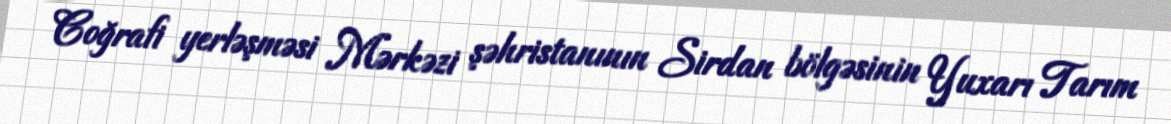
Coğrafi yerləşməsi Mərkəzi şəhristanının Sirdan bölgəsinin Yuxarı Tarım